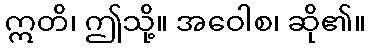
ဣတိ၊ ဤသို့။ အဝေါစ၊ ဆို၏။